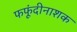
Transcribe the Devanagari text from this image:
फफूंदीनाशक